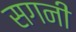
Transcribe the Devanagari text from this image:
सगनी